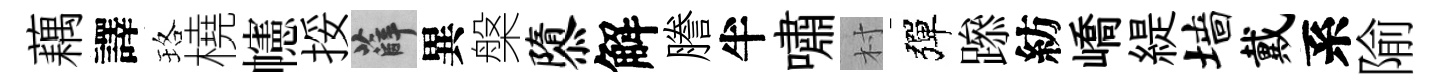
藕譯珞橈幰挼薛異槃隳解謄半嘯村彈𨅶紡嶠緹墙戴系隃